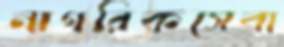
নাগরিকসেবা